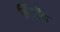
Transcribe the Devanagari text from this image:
लिंकॉन